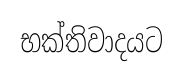
භක්තිවාදයට